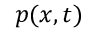
p ( { \boldsymbol { x } } , t )